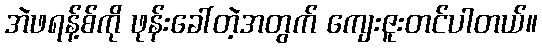
အဲဖရန့်စ်ကို ဖုန်းခေါ်တဲ့အတွက် ကျေးဇူးတင်ပါတယ်။